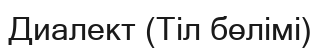
Диалект (Тіл бөлімі)